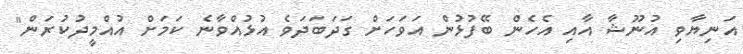
އަނިޔާވި އުނޫޝާ އާއި އެހެން ބޭފުޅުން އަވަހަށް ގަދަބަދަވެ އުޅުއްވާނެ ކަމަށް އުއްމީދުކުރަން"